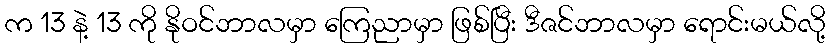
က 13 နဲ့ 13 ကို နိုဝင်ဘာလမှာ ကြေညာမှာ ဖြစ်ပြီး ဒီဇင်ဘာလမှာ ရောင်းမယ်လို့